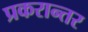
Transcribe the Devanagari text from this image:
प्रकरान्तर